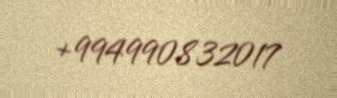
+994990832017